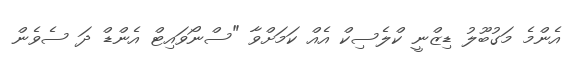
އެންމެ މަގުބޫލު ޑިޒްނީ ކްލެސިކް އެއް ކަމަށްވާ "ސްނޯވައިޓް އެންޑް ދަ ސެވެން